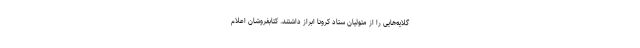
گلایه‌هایی را از متولیان ستاد کرونا ابراز داشتند. کتابفروشان اعلام